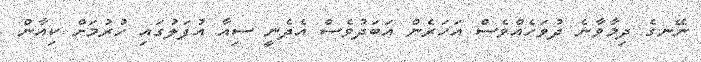
ނޭނގެ ދިމާވާނެ ދުވަހެއްވެސް އަހަރެން އަބަދުވެސް އެދެނީ ސިއާ އުފަލުގައި ހުރުމަށް ކިއާން